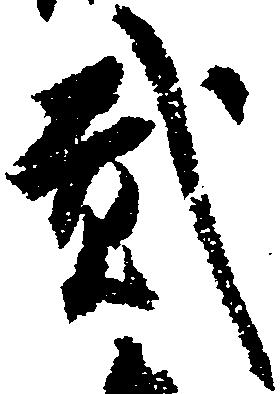
弐